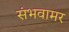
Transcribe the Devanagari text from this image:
संभवामर